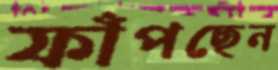
ফাঁপছেন